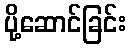
ပို့ဆောင်ခြင်း